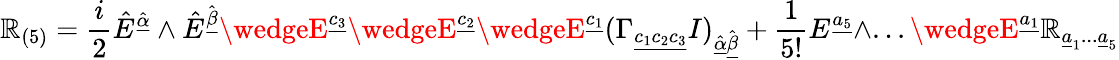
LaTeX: \mathbb{R}_{(5)}={\frac{{i}}{{2}}}\hat{{E}}^{\hat{{\underline{{{\alpha}}}}}}\wedge\hat{{E}}^{\hat{{\underline{{{\beta}}}}}}\wedgeE^{{\underline{{{{c_{3}}}}}}}\wedgeE^{{\underline{{{{c_{2}}}}}}}\wedgeE^{{\underline{{{{c_{1}}}}}}}(\Gamma_{{\underline{{{{c_{1}c_{2}c_{3}}}}}}}I)_{\hat{{\underline{{{{\alpha}}}}}}\hat{{\underline{{{{\beta}}}}}}}+{\frac{{1}}{{5!}}}E^{{\underline{{{{a_{5}}}}}}}\wedge...\wedgeE^{{\underline{{{{a_{1}}}}}}}\mathbb{R}_{\underline{{{{a}}}}_{1}...\underline{{{{a}}}}_{5}}